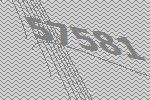
57581